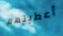
أعطيتهم